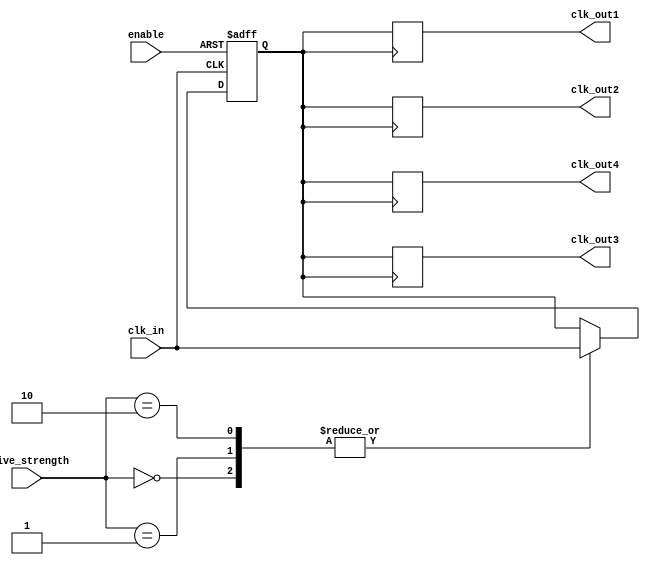
module HighFanoutClockBuffer (
    input wire clk_in,          // Input clock signal
    input wire enable,          // Enable signal for the buffer
    input wire [1:0] drive_strength, // Drive strength control (0: low, 1: medium, 2: high, 3: reserved)
    output reg clk_out1,        // Output clock signal 1
    output reg clk_out2,        // Output clock signal 2
    output reg clk_out3,        // Output clock signal 3
    output reg clk_out4         // Output clock signal 4
);

    // Internal signal for buffered clock
    reg clk_buf;

    // Buffering stage with simple delay model
    always @ (posedge clk_in or negedge enable) begin
        if (!enable) begin
            clk_buf <= 1'b0; // Disable clock output
        end else begin
            // Propagation delay can be added here based on drive strength
            case (drive_strength)
                2'b00: #1 clk_buf <= clk_in; // Low drive strength -> longer delay
                2'b01: #0.5 clk_buf <= clk_in; // Medium drive strength -> medium delay
                2'b10: #0.2 clk_buf <= clk_in; // High drive strength -> short delay
                default: clk_buf <= clk_buf; // Reserved -> maintain current state
            endcase
        end
    end

    // Output stage - distributing the buffered clock to outputs
    always @ (posedge clk_buf) begin
        clk_out1 <= clk_buf;
        clk_out2 <= clk_buf;
        clk_out3 <= clk_buf;
        clk_out4 <= clk_buf;
    end

endmodule